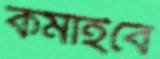
কমাইবে